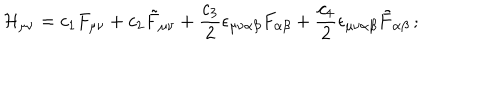
{ \cal H } _ { \mu \nu } = c _ { 1 } F _ { \mu \nu } + c _ { 2 } \tilde { F } _ { \mu \nu } + { \frac { c _ { 3 } } { 2 } } \epsilon _ { \mu \nu \alpha \beta } F _ { \alpha \beta } + { \frac { c _ { 4 } } { 2 } } \epsilon _ { \mu \nu \alpha \beta } \tilde { F } _ { \alpha \beta } \, ;